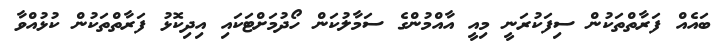
ބައެއް ފަރާތްތަކުން ސިފަކުރަނީ މިއީ އާއްމުންގެ ސަމާލުކަން ހޯދުމަށްޓަކައި އިދިކޮޅު ފަރާތްތަކުން ކުޅުއްވާ